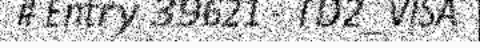
# Entry 39621 - TD2_VISA